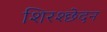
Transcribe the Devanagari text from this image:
शिरश्छेदन